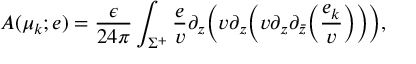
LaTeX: { \cal A } ( \mu _ { k } ; e ) = { \frac { \epsilon } { 2 4 \pi } } \int _ { \Sigma ^ { + } } { \frac { e } { v } } \partial _ { z } \bigg ( v \partial _ { z } \bigg ( v \partial _ { z } \partial _ { \bar { z } } \bigg ( { \frac { e _ { k } } { v } } \bigg ) \bigg ) \bigg ) ,